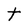
Character: t